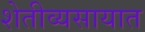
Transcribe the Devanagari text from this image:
शेतीव्यसायात